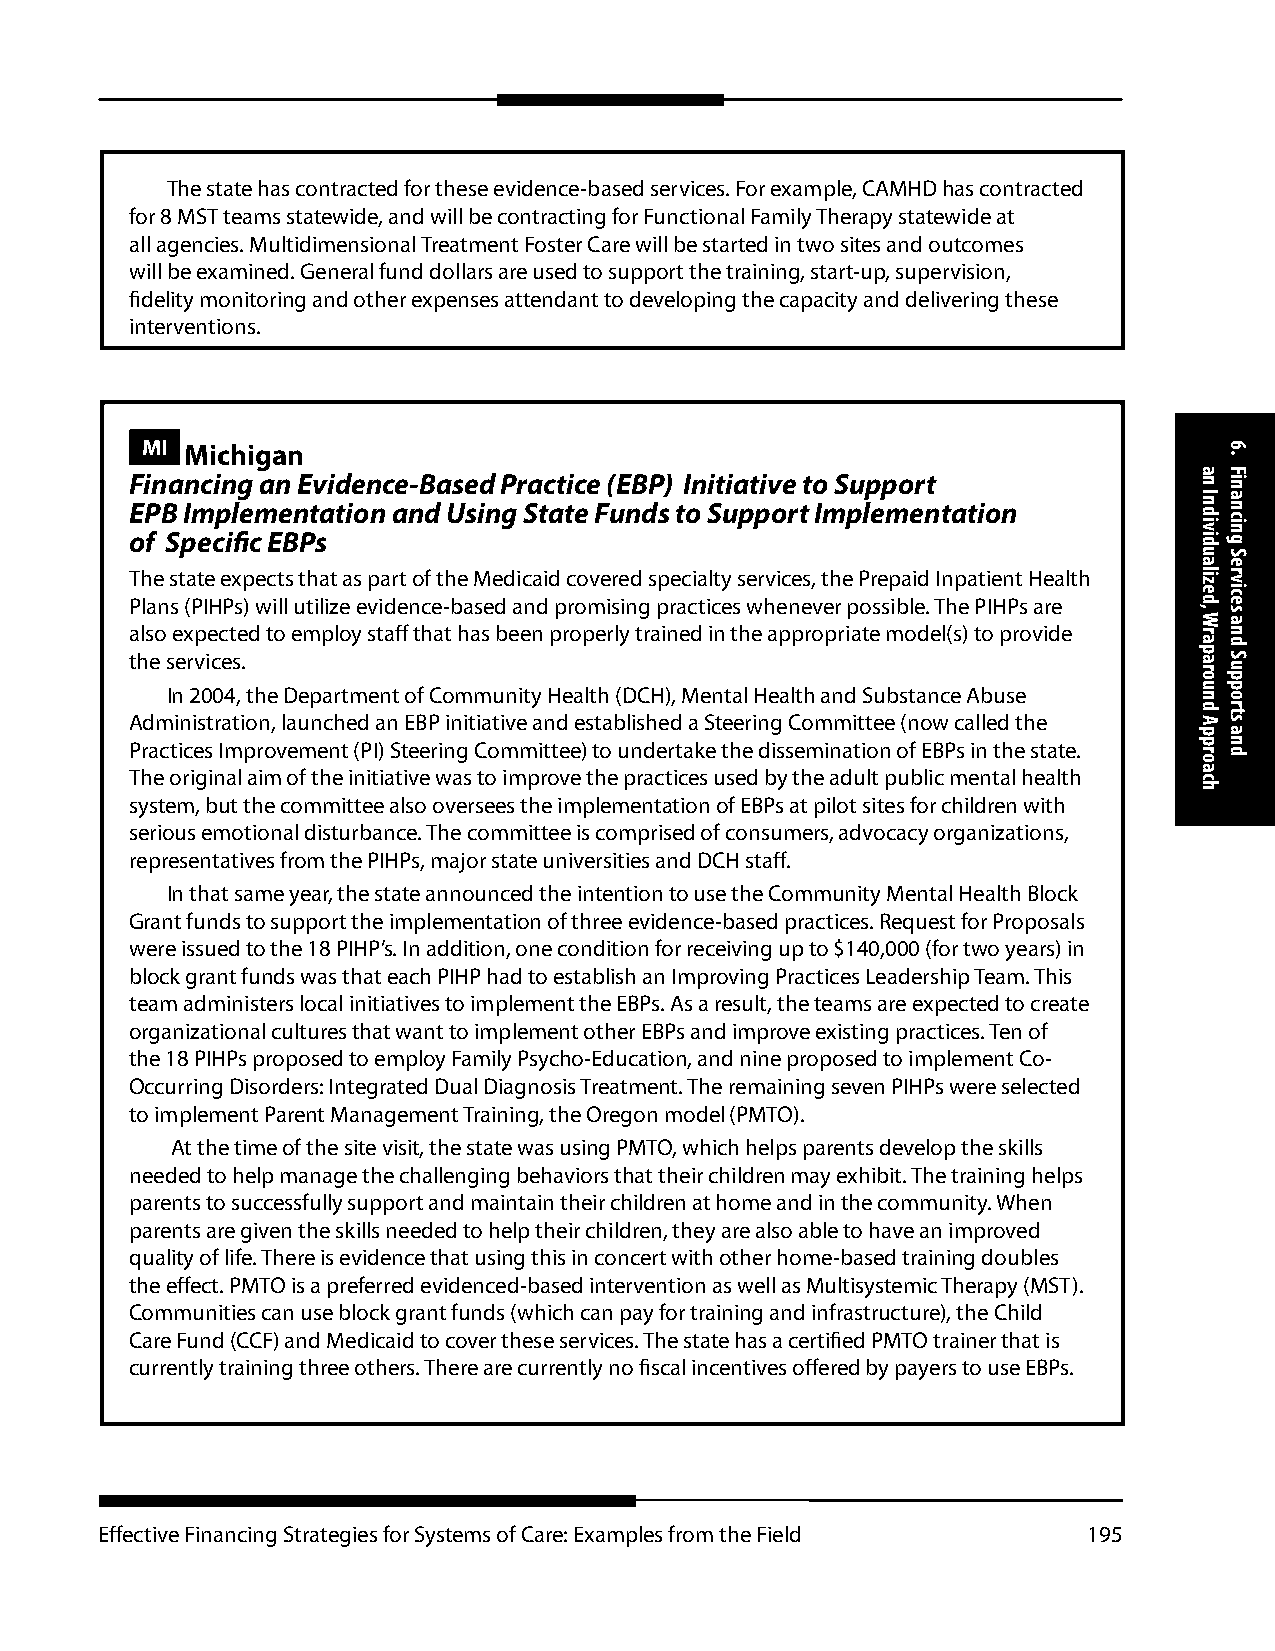
The state has contracted for these evidence-based services. For example, CAMHD has contracted
 for 8 MST teams statewide, and will be contracting for Functional Family Therapy statewide at
 all agencies. Multidimensional Treatment Foster Care will be started in two sites and outcomes
 will be examined. General fund dollars are used to support the training, start-up, supervision,
 fidelity monitoring and other expenses attendant to developing the capacity and delivering these
 interventions.
 MI Michigan
 Financing an Evidence-Based Practice (EBP) Initiative to Support
 EPB Implementation and Using State Funds to Support Implementation
 of Specific EBPs
 The state expects that as part of the Medicaid covered specialty services, the Prepaid Inpatient Health
 Plans (PIHPs) will utilize evidence-based and promising practices whenever possible. The PIHPs are
 also expected to employ staff that has been properly trained in the appropriate model(s) to provide
 the services.
 In 2004, the Department of Community Health (DCH), Mental Health and Substance Abuse
 Administration, launched an EBP initiative and established a Steering Committee (now called the
 Practices Improvement (PI) Steering Committee) to undertake the dissemination of EBPs in the state.
 The original aim of the initiative was to improve the practices used by the adult public mental health
 system, but the committee also oversees the implementation of EBPs at pilot sites for children with
 serious emotional disturbance. The committee is comprised of consumers, advocacy organizations,
 representatives from the PIHPs, major state universities and DCH staff.
 In that same year, the state announced the intention to use the Community Mental Health Block
 Grant funds to support the implementation of three evidence-based practices. Request for Proposals
 were issued to the 18 PIHP’s. In addition, one condition for receiving up to $140,000 (for two years) in
 block grant funds was that each PIHP had to establish an Improving Practices Leadership Team. This
 team administers local initiatives to implement the EBPs. As a result, the teams are expected to create
 organizational cultures that want to implement other EBPs and improve existing practices. Ten of
 the 18 PIHPs proposed to employ Family Psycho-Education, and nine proposed to implement Co-
 Occurring Disorders: Integrated Dual Diagnosis Treatment. The remaining seven PIHPs were selected
 to implement Parent Management Training, the Oregon model (PMTO).
 At the time of the site visit, the state was using PMTO, which helps parents develop the skills
 needed to help manage the challenging behaviors that their children may exhibit. The training helps
 parents to successfully support and maintain their children at home and in the community. When
 parents are given the skills needed to help their children, they are also able to have an improved
 quality of life. There is evidence that using this in concert with other home-based training doubles
 the effect. PMTO is a preferred evidenced-based intervention as well as Multisystemic Therapy (MST).
 Communities can use block grant funds (which can pay for training and infrastructure), the Child
 Care Fund (CCF) and Medicaid to cover these services. The state has a certified PMTO trainer that is
 currently training three others. There are currently no fiscal incentives offered by payers to use EBPs.
 Effective Financing Strategies for Systems of Care: Examples from the Field 195
 an
 Individualized,
 Wraparound
 Approach
 6.
 Financing
 Services
 and
 Supports
 and